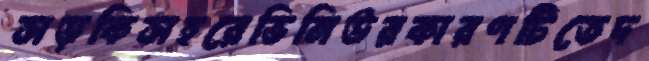
সড়কিসহরেভিনিউরকারণটিতেদ